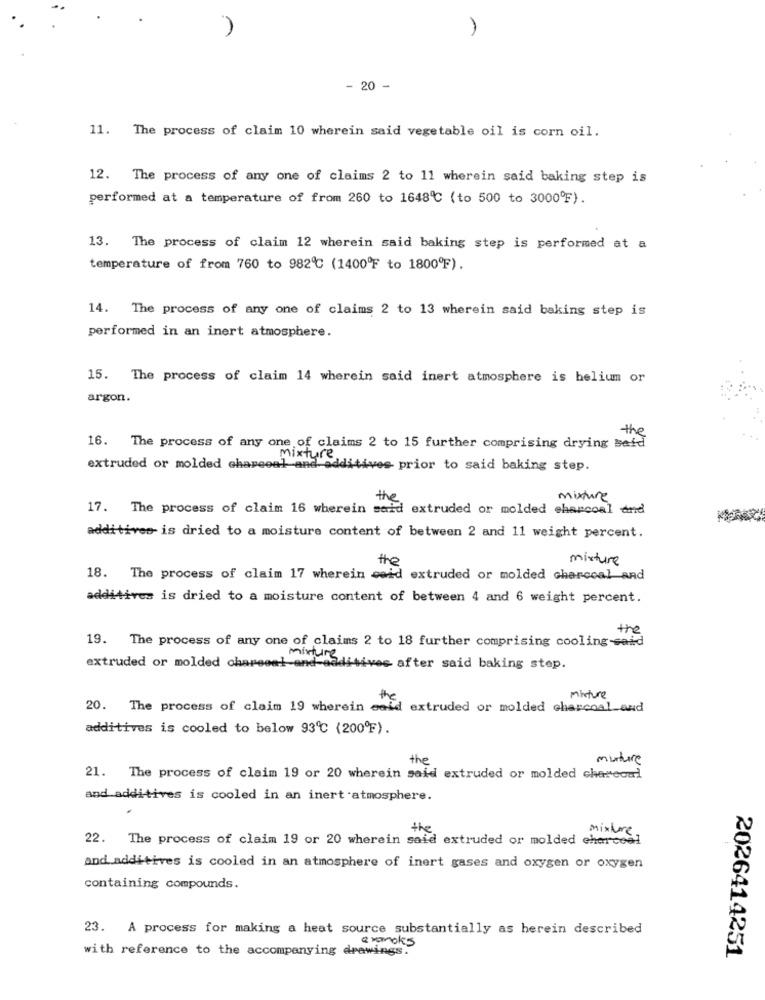
- 20 -
11. The process of claim 10 wherein said vegetable oil is corn oil.
12. The process of any one of claims 2 to 11 wherein said baking step is
performed at a temperature of from 260 to 1648℃ (to 500 to 3000ºF).
13. The process of claim 12 wherein said baking step is performed at a
temperature of from 760 to 982℃ (1400ºF to 1800ºF).
14. The process of any one of claims 2 to 13 wherein said baking step is
performed in an inert atmosphere.
15. The process of claim 14 wherein said inert atmosphere is helium or
argon.
16. The process of any one of claims 2 to 15 further comprising drying seid
mixture
extruded or molded chareeal and additives prior to said baking step.
mixture
17. The process of claim 16 wherein said extruded or molded charcoal and
additives- is dried to a moisture content of between 2 and 11 weight percent.
the
mixture
18. The process of claim 17 wherein said extruded or molded charcoal and
additives is dried to a moisture content of between 4 and 6 weight percent.
the
19. The process of any one of claims 2 to 18 further comprising cooling-said
extruded or molded chapeos !- and-
mintune liwives after said baking step.
misture
20. The process of claim 19 wherein wald extruded or molded charcoal_and
additives is cooled to below 93℃ (200ºF).
the
mature
21. The process of claim 19 or 20 wherein said extruded or molded charcoal
and additives is cooled in an inert atmosphere.
the
mixture,
22. The process of claim 19 or 20 wherein said extruded or molded charcoal
and additives is cooled in an atmosphere of inert gases and oxygen or oxygen
containing compounds.
23. A process for making a heat source substantially as herein described
with reference to the accompanying drawings.
axanoks
2026414251